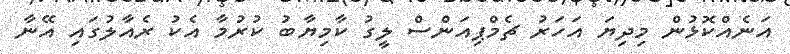
އަނެއްކޮޅުން މިދިޔަ އަހަރު ޗެމްޕިއަންސް ލީގު ކާމިޔާބު ކުރުމާ އެކު ރެއާލުގައި އޭނާ